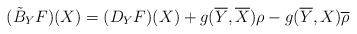
LaTeX: \begin{align*}(\tilde{B}_Y{F})(X)=(D_Y{F})(X)+g(\overline{Y},\overline{X})\rho-g(\overline{Y},X){\overline{\rho}}\end{align*}